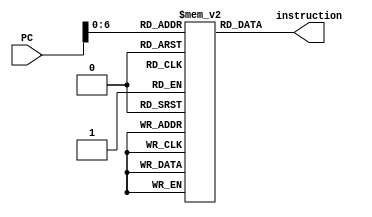
`timescale 1ns/10ps

module insMem(PC,instruction);

input [63:0] PC;
reg [7:0] insMem [0:127];
output reg [7:0] instruction;

initial begin
    insMem[  0] = 8'h60;
    insMem[  1] = 8'h22;
    insMem[  2] = 8'h80;
    insMem[  3] = 8'h0e;
    insMem[  4] = 8'h00;
    insMem[  5] = 8'h00;
    insMem[  6] = 8'h00;
    insMem[  7] = 8'h00;
    insMem[  8] = 8'h00;
    insMem[  9] = 8'h00;
    insMem[ 10] = 8'h00;
    insMem[ 11] = 8'h61;
    insMem[ 12] = 8'h32;
    insMem[ 13] = 8'h00;
    insMem[ 14] = 8'h30;
    insMem[ 15] = 8'hf9;
    insMem[ 16] = 8'h45;
    insMem[ 17] = 8'h00;
    insMem[ 18] = 8'h00;
    insMem[ 19] = 8'h00;
    insMem[ 20] = 8'h00;
    insMem[ 21] = 8'h00;
    insMem[ 22] = 8'h00;
    insMem[ 23] = 8'h00;
    insMem[ 24] = 8'h61;
    insMem[ 25] = 8'hee;
    insMem[ 26] = 8'h21;
    insMem[ 27] = 8'hbd;
    insMem[ 28] = 8'h60;
    insMem[ 29] = 8'hdd;
end

always@(*)begin
    instruction = insMem[PC];
end

endmodule